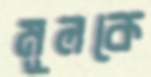
মূলকে